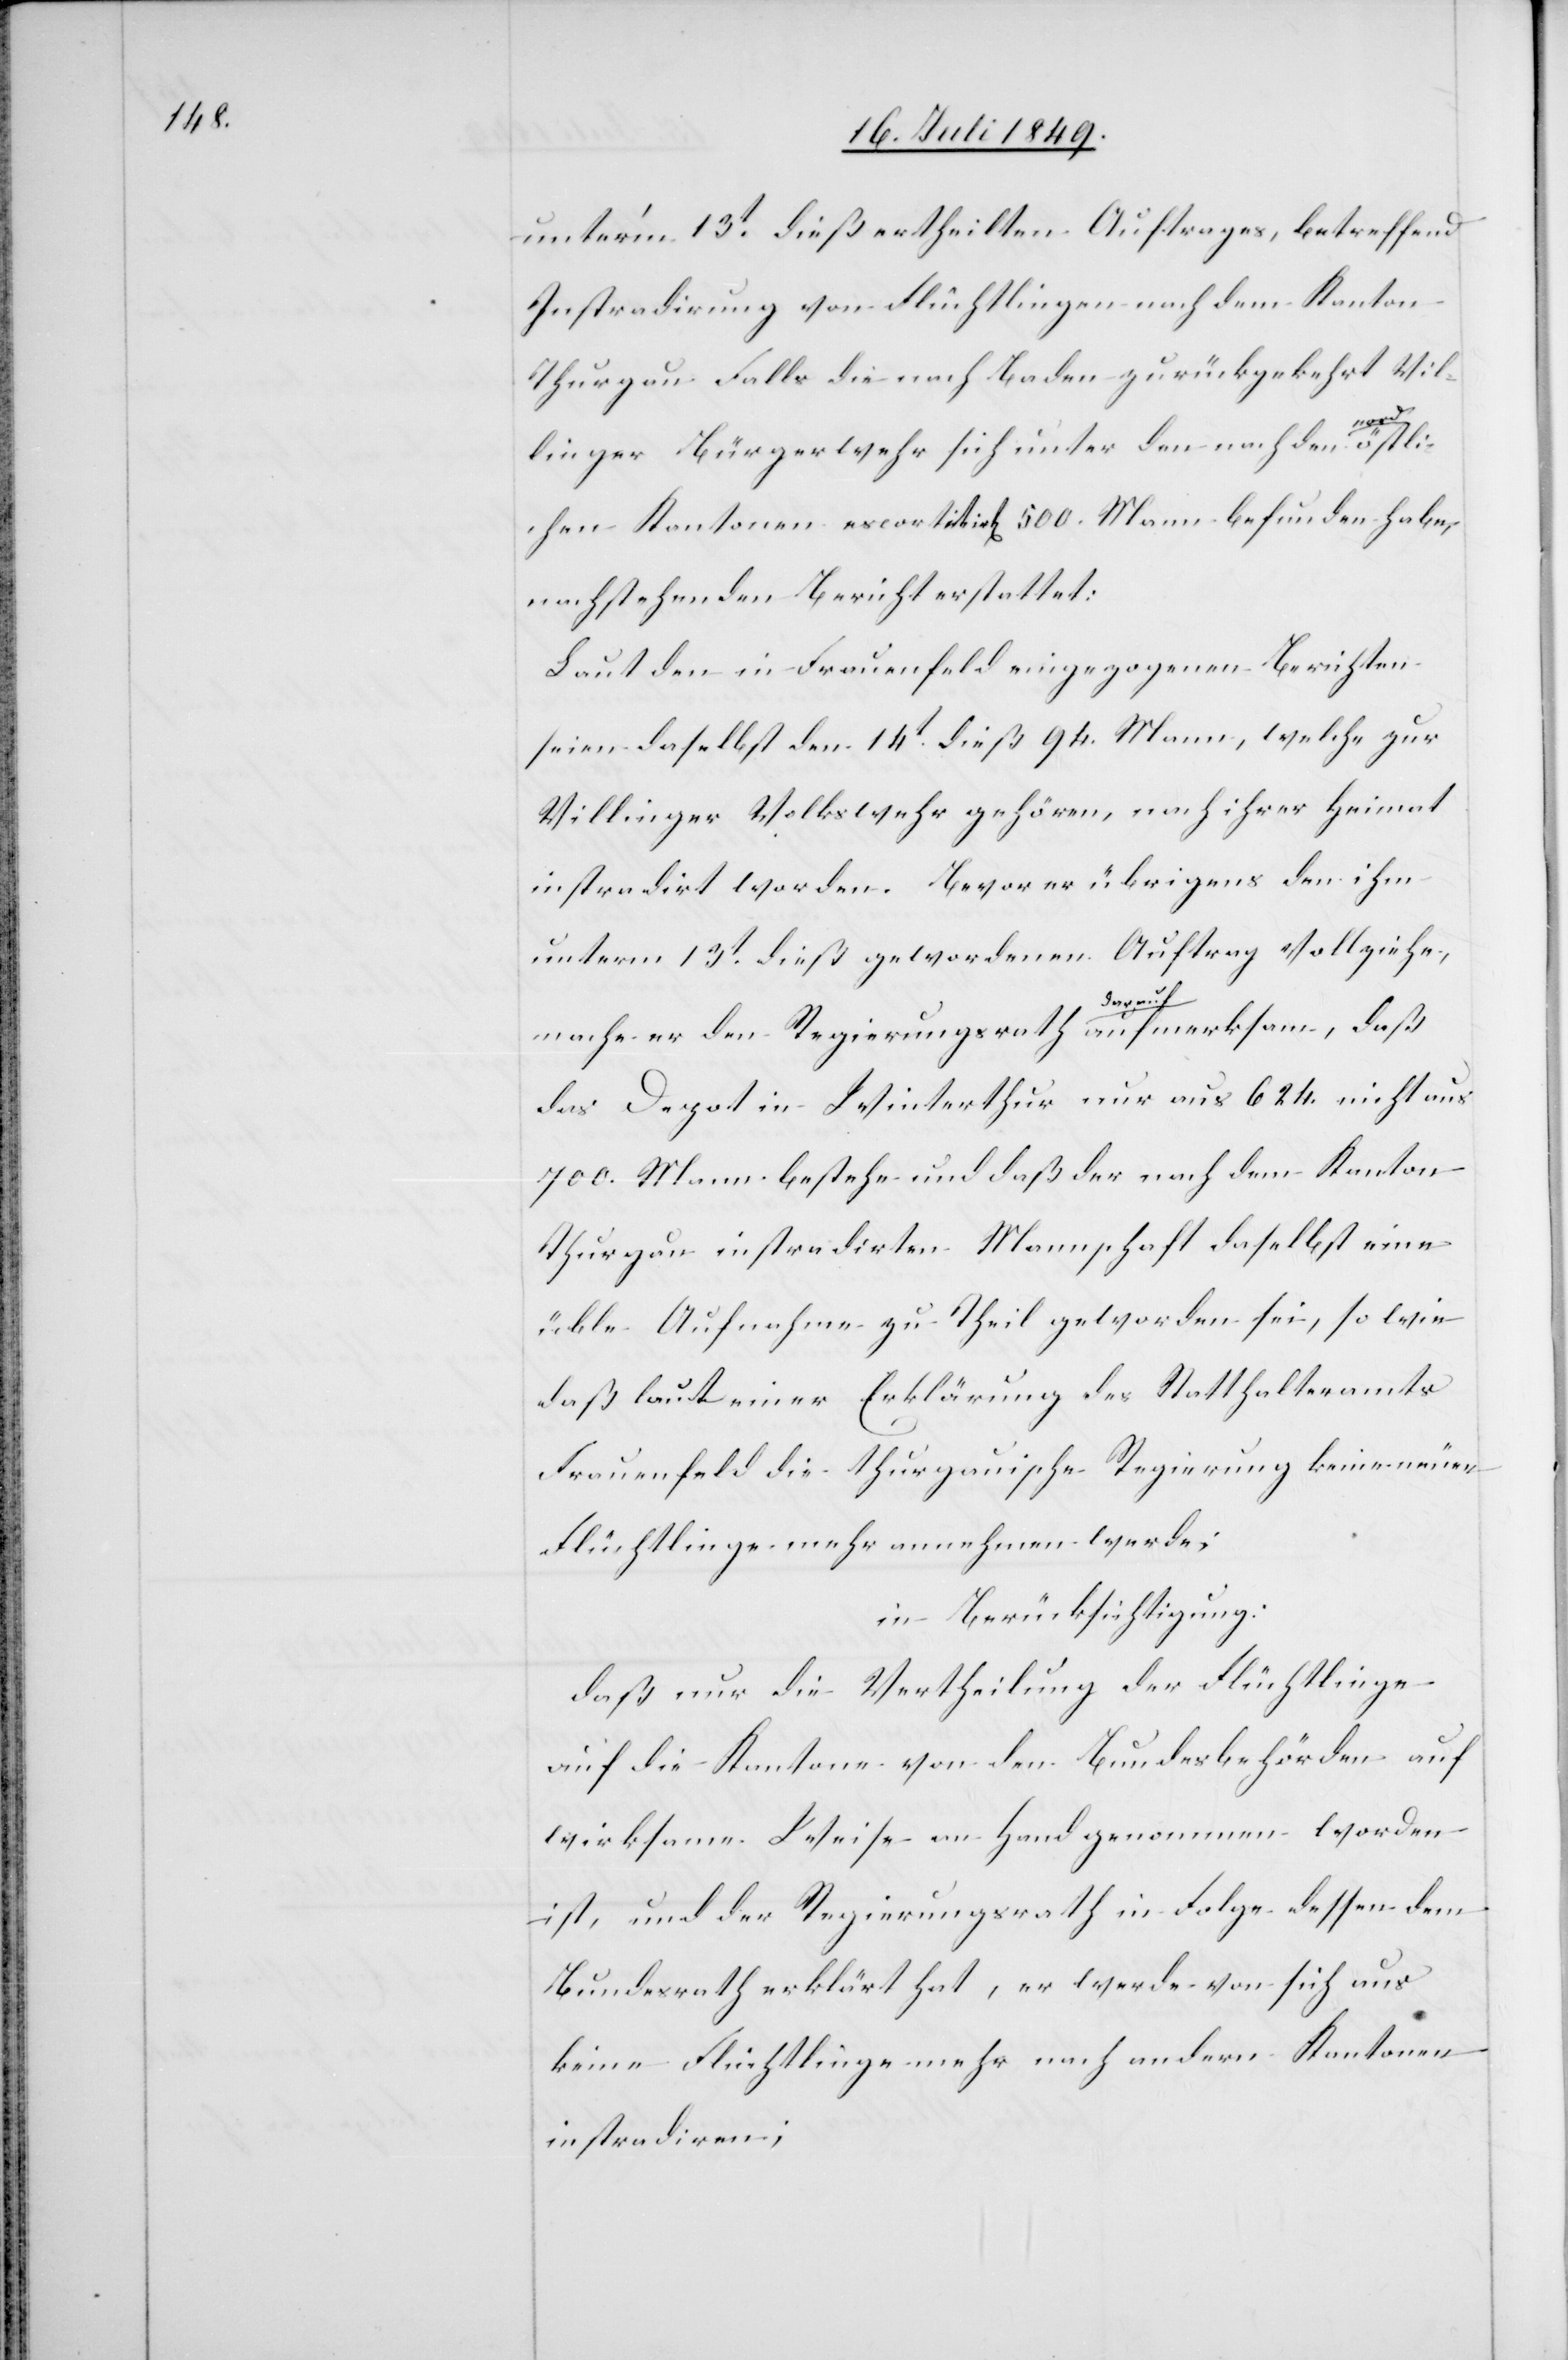
unter’m 13t dieß ertheilten Auftrages, betreffend
Instradirung von Flüchtlingen nach dem Kanton
Thurgau. Falls die nach Baden zurückgekehrt Vil¬
linger Bürgerwehr sich unter den nach den nordöstli¬
chen Kantonen escortirt[en] 500. Mann befunden habe,
nachstehenden Bericht erstattet:
Laut den in Frauenfeld eingezogenen Berichten
seien daselbst den 14t dieß 94. Mann, welche zur
Villinger Volkswehr gehören, nach ihrer Heimat
instradirt worden. Bevor er übrigens den ihm
unterm 13t dieß gewordenen Auftrag vollziehe,
mache er den Regierungsrath darauf aufmerksam, daß
das Depot in Winterthur nur aus 624. nicht aus
700. Mann bestehe und daß der nach dem Kanton
Thurgau instradirten Mannschaft daselbst eine
üble Aufnahme zu Theil geworden sei, so wie
daß laut einer Erklärung des Statthalteramts
Frauenfeld die thurgauische Regierung keine neuen
Flüchtlinge mehr annehmen werde;
in Berücksichtigung:
daß nur die Vertheilung der Flüchtlinge
auf die Kantone von den Bundesbehörden auf
wirksame Weise an Hand genommen worden
ist, und der Regierungsrath in Folge dessen dem
Bundesrath erklärt hat, er werde von sich aus
keine Flüchtlinge mehr nach andern Kantonen
instradiren;